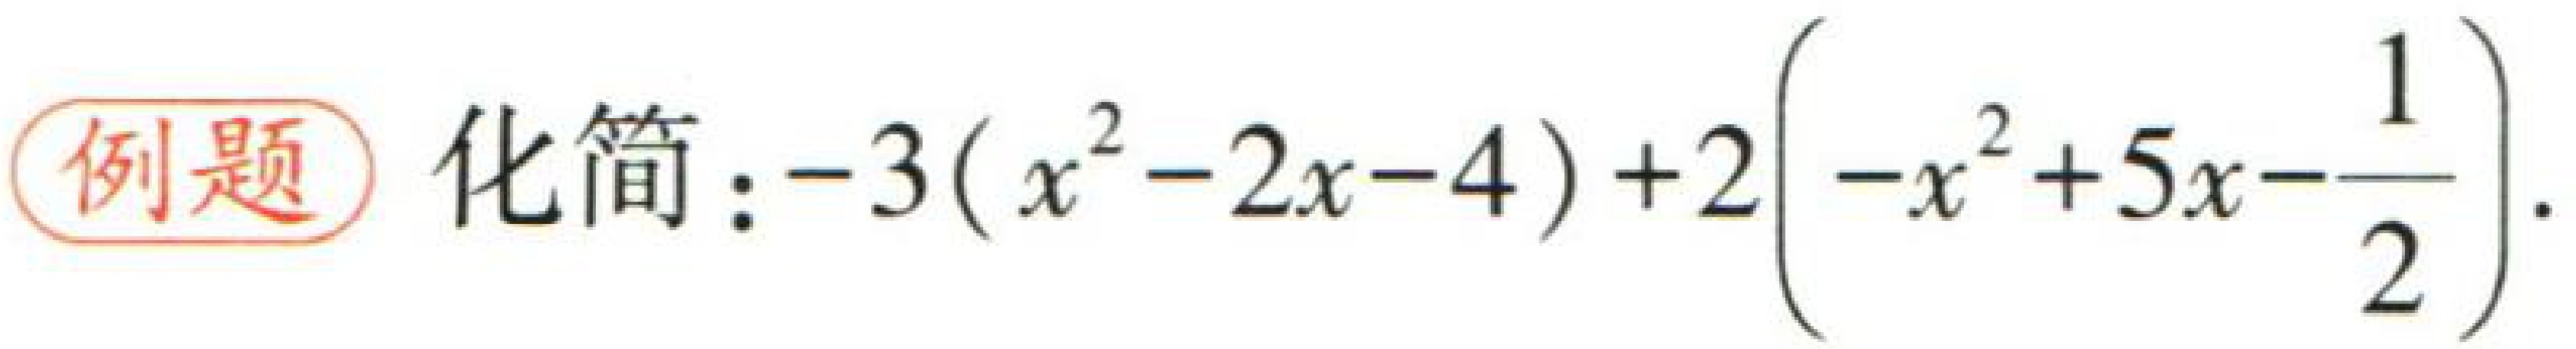
例题 化简：\(-3(x^{2}-2x - 4)+2\left(-x^{2}+5x-\frac{1}{2}\right)\)